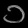
Digit: ၁